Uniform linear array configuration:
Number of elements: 12
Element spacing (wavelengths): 0.75
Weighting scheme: cosine
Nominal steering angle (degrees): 45
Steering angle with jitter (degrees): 44.905
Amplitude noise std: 0.05
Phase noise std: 0.05

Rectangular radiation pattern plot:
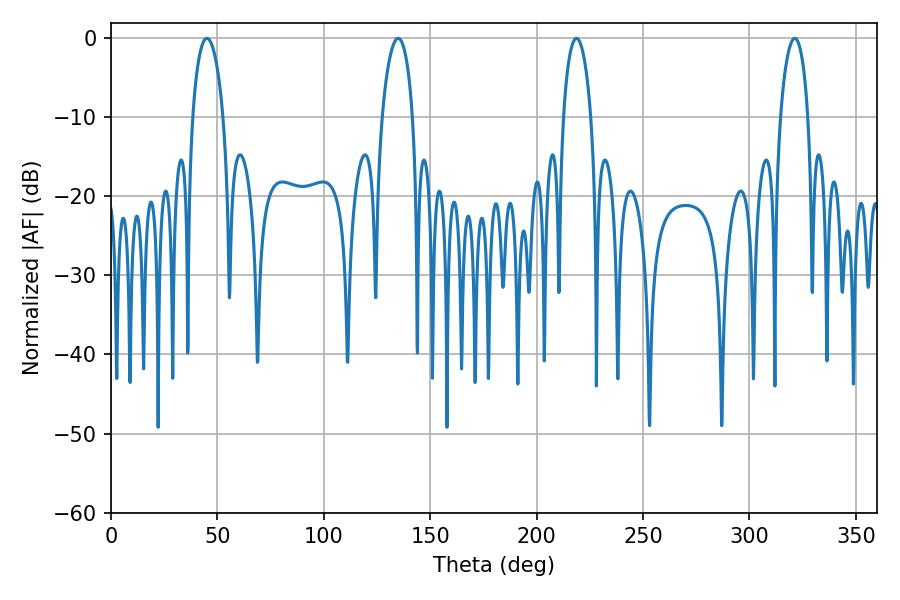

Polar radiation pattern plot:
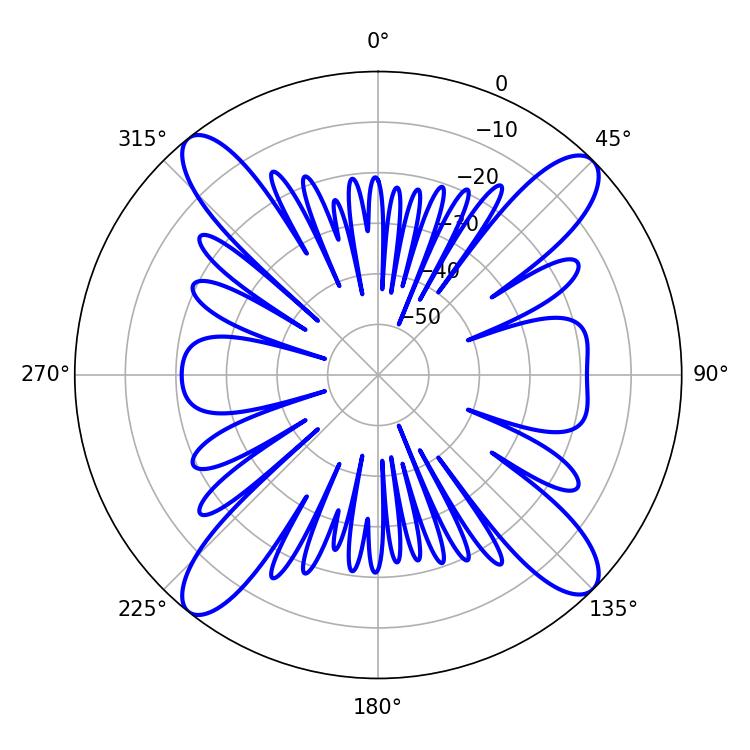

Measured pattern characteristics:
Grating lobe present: TRUE
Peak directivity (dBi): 16.122
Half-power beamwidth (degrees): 7.38
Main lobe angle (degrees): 218.7